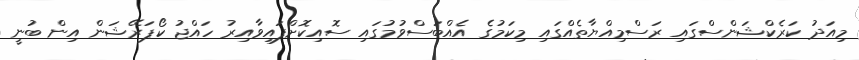
މިއަދު ކަރެކްޝަންސްގައި ރަސްމިއްޔާތެއްގައި މިކަމުގެ އެއްބަސްވުމުގައި ސޮއިކޮށްފައިވާއިރު ހައްޖު ކޯޕަރޭޝަން އިން ބުނީ